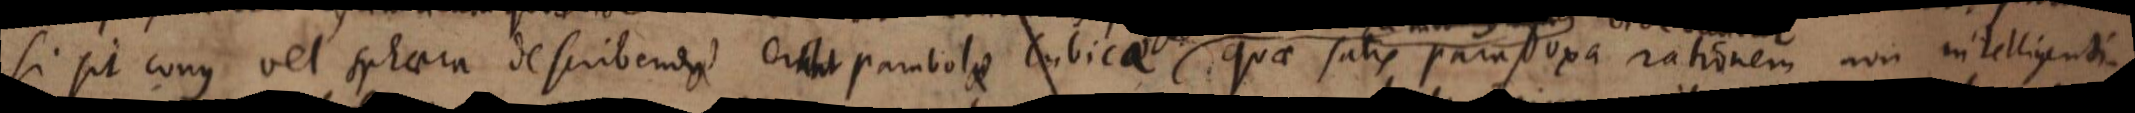
si sit conus vel sphaera describendae erunt parabolae cubicae quae satis paradoxa rationem non intelligenti.